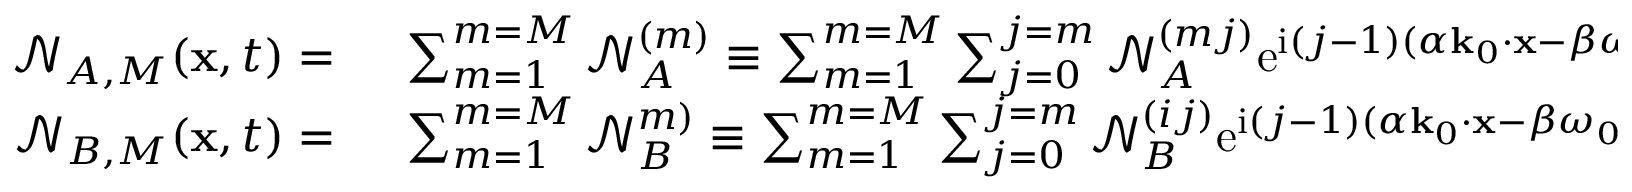
\begin{array} { r l } { \mathcal { N } _ { A , M } ( \mathbf { x } , t ) = ~ } & { { } \sum _ { m = 1 } ^ { m = M } \mathcal { N } _ { A } ^ { ( m ) } \equiv \sum _ { m = 1 } ^ { m = M } \sum _ { j = 0 } ^ { j = m } \mathcal { N } _ { A } ^ { ( m j ) } \mathrm { e } ^ { \mathrm { i } ( j - 1 ) ( \alpha \mathbf { k } _ { 0 } \cdot \mathbf { x } - \beta \omega _ { 0 } t ) } , ~ \mathrm { ~ a ~ n ~ d ~ } ~ } \\ { \mathcal { N } _ { B , M } ( \mathbf { x } , t ) = ~ } & { { } \sum _ { m = 1 } ^ { m = M } \mathcal { N } _ { B } ^ { m ) } \equiv \sum _ { m = 1 } ^ { m = M } \sum _ { j = 0 } ^ { j = m } \mathcal { N } _ { B } ^ { ( i j ) } \mathrm { e } ^ { \mathrm { i } ( j - 1 ) ( \alpha \mathbf { k } _ { 0 } \cdot \mathbf { x } - \beta \omega _ { 0 } t ) } , } \end{array}